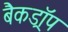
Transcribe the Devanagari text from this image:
बैकड्राॅप